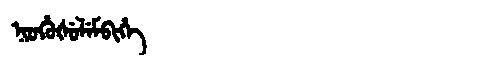
Manchu: ᠨᡳᠣᡥᡠᡧᡠᠯᡝᠮᠪᡳᡥᡝ
Romanization: NIOHUŠULEMBIHE